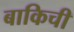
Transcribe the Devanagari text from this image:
बाकिची